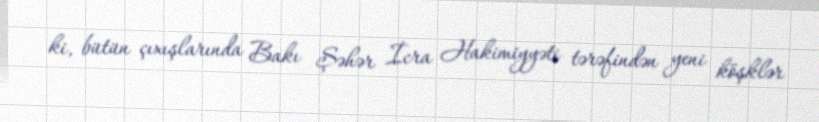
ki, bütün çıxışlarında Bakı Şəhər İcra Hakimiyyəti tərəfindən yeni köşklər